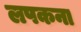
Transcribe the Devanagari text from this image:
लपकना